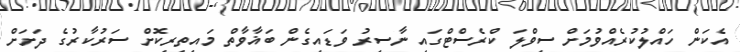
އެކަން ހައްލުކުރެއްވުމަށް ސިވްލަ ކްރެސްޓްގައި ނާސިރު ވަޑައިގެން ބަޣާވާތް މައިތިރިކޮށް ސަރުކާރުގެ ދަށަށް